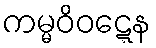
ကမ္မဝိဝဋ္ဋေန